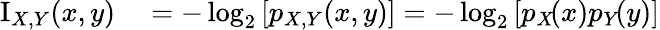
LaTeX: \begin{array}{rl}{\operatorname{I}_{X,Y}(x,y)}&{{}=-\log_{2}\left[p_{X,Y}(x,y)\right]=-\log_{2}\left[p_{X}\! (x)p_{Y}\! (y)\right]}\end{array}